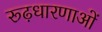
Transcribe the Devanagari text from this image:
रूढ़धारणाओं